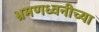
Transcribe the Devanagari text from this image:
भ्रमणध्वनीच्या